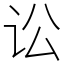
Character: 讼